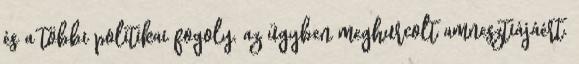
és a többi politikai fogoly, az ügyben meghurcolt amnesztiájáért.